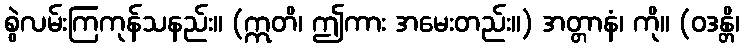
စွဲလမ်းကြကုန်သနည်း။ (ဣတိ၊ ဤကား အမေးတည်း။) အတ္တာနံ၊ ကို။ (ဝဒန္တိ၊